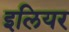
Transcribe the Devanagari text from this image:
इलियर